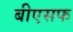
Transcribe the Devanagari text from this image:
बीएसफ